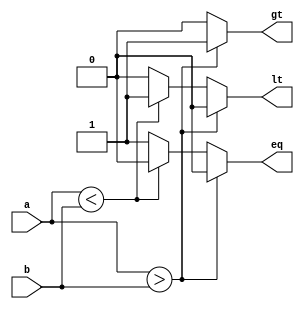

// 4-Bit Comparator Design
module comparator(
    input [3:0] a, b,
    output reg gt, lt, eq
);

// Compare logic
always @(a or b) begin
    if (a > b) begin
        gt = 1; lt = 0; eq = 0;
    end else if (a < b) begin
        gt = 0; lt = 1; eq = 0;
    end else begin
        gt = 0; lt = 0; eq = 1;
    end
end

endmodule